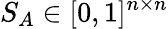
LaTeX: S_{A}\in[0,1]^{n\times n}